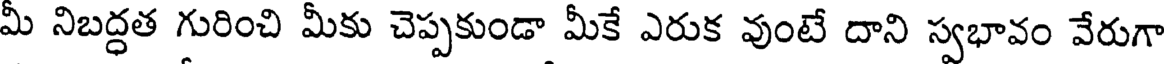
మీ నిబద్ధత గురించి మీకు చెప్పకుండా మీకే ఎరుక వుంటే దాని స్వభావం వేరుగా